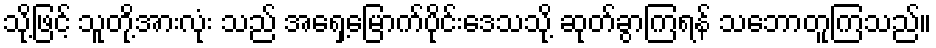
သို့ဖြင့် သူတို့အားလုံး သည် အရှေ့မြောက်ပိုင်းဒေသသို့ ဆုတ်ခွာကြရန် သဘောတူကြသည်။